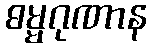
ဓမ္မဂုဏာန